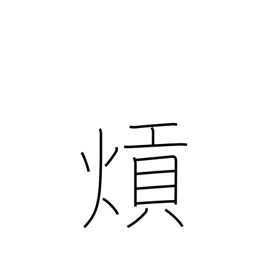
Meaning: (kokuji)